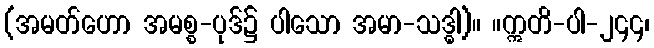
(အမတ်ဟော အမစ္စ-ပုဒ်၌ ပါသော အမာ-သဒ္ဓါ)။ ။ဣတိ-ပါ-၂၄၄၊